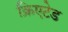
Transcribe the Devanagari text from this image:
क्रिएटेड